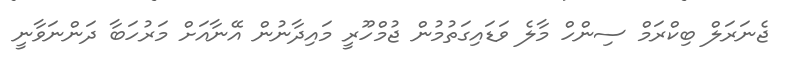
ޖެނަރަލް ބިކްރަމް ސިންހް މާލެ ވަޑައިގަތުމުން ޖުމްހޫރީ މައިދާނުން އޭނާއަށް މަރުހަބާ ދަންނަވާނީ